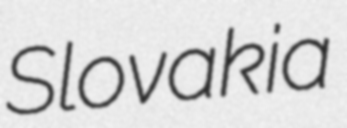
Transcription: Slovakia